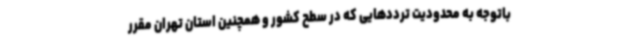
باتوجه به محدودیت ترددهایی که در سطح کشور و همچنین استان تهران مقرر